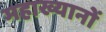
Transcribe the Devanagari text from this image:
महाख्यानों